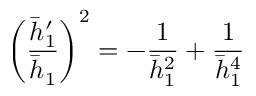
\left( \frac { \bar { h } _ { 1 } ^ { \prime } } { \bar { h } _ { 1 } } \right) ^ { 2 } = - \frac { 1 } { \bar { h } _ { 1 } ^ { 2 } } + \frac { 1 } { \bar { h } _ { 1 } ^ { 4 } }